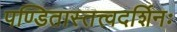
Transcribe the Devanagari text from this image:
पण्डितास्तत्त्वदर्शिनः